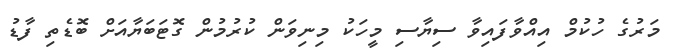
މަރުގެ ހުކުމް އިއްވާފައިވާ ސިޔާސި މީހަކު މިނިވަން ކުރުމުން ގޮޓަބަޔާއަށް ބޮޑެތި ފާޑު